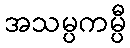
အသမ္ပကမ္ပီ